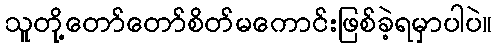
သူတို့တော်တော်စိတ်မကောင်းဖြစ်ခဲ့ရမှာပါပဲ။